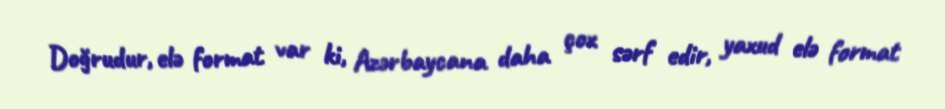
Doğrudur, elə format var ki, Azərbaycana daha çox sərf edir, yaxud elə format